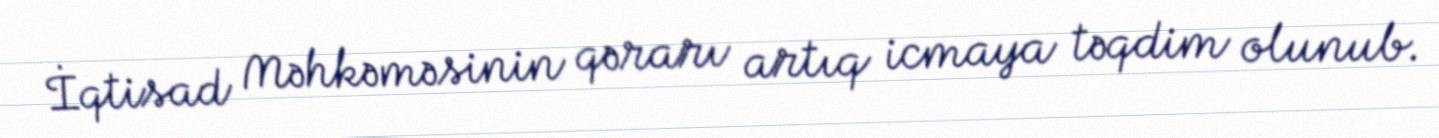
İqtisad Məhkəməsinin qərarı artıq icmaya təqdim olunub.